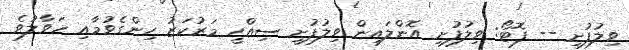
ވިލުފުށި -- ފޮޓޯ: ވިލުފުށި އޮންލައިން ވިލުފުށީ ސިއްހީ މަރުކަޒު ހިންގެވުމާއި ހަވާލުވެ